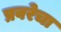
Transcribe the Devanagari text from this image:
प्रवरेचा